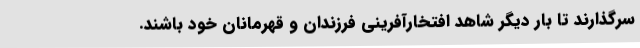
سرگذارند تا بار دیگر شاهد افتخارآفرینی فرزندان و قهرمانان خود باشند.